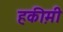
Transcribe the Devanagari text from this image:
हकी़मी